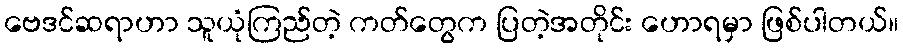
ဗေဒင်ဆရာဟာ သူယုံကြည်တဲ့ ကတ်တွေက ပြတဲ့အတိုင်း ဟောရမှာ ဖြစ်ပါတယ်။